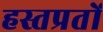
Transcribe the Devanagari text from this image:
हस्तप्रतों